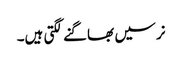
نرسیں بھاگنے لگتی ہیں۔